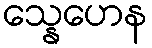
သ္နေဟေန